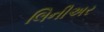
લિનીઅર